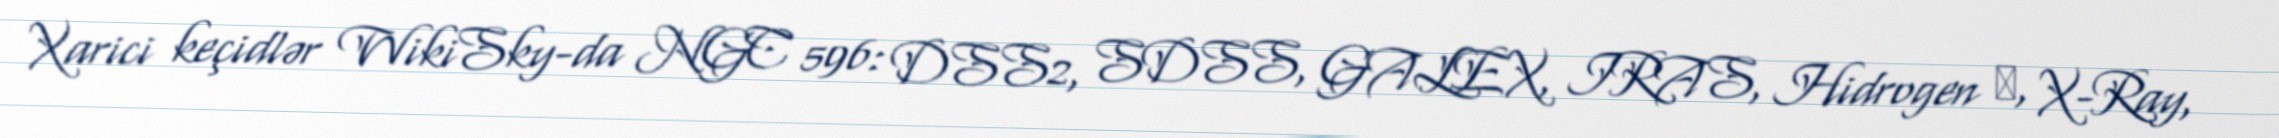
Xarici keçidlər WikiSky-da NGC 596: DSS2, SDSS, GALEX, IRAS, Hidrogen α, X-Ray,